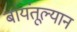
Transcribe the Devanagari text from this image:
बायंतूल्यान